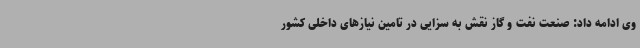
وی ادامه داد: صنعت نفت و گاز نقش به سزایی در تامین نیازهای داخلی کشور